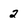
Character: 2